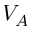
V _ { A }